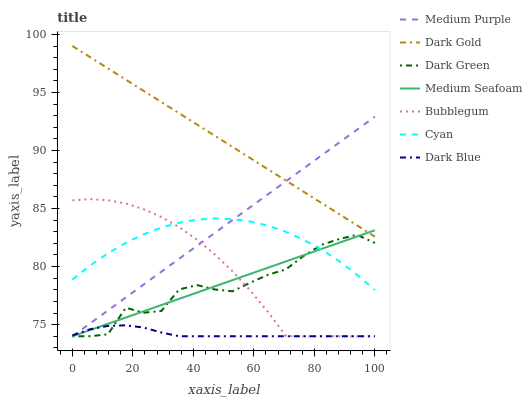
| xaxis_label | Medium Purple | Dark Gold | Dark Green | Medium Seafoam | Bubblegum | Cyan | Dark Blue |
 | --- | --- | --- | --- | --- | --- | --- | --- |
 | 0 | 74 | 99 | 74 | 74 | 85.7 | 78.9 | 74.1 |
 | 5.88 | 75.1 | 98 | 74 | 74.5 | 85.8 | 80.1 | 74.6 |
 | 11.8 | 76.2 | 97.1 | 74.2 | 75.1 | 85.7 | 81.1 | 74.9 |
 | 17.6 | 77.3 | 96.1 | 76.5 | 75.6 | 85.4 | 82 | 74.9 |
 | 23.5 | 78.4 | 95.1 | 76 | 76.1 | 84.9 | 82.8 | 74.8 |
 | 29.4 | 79.6 | 94.2 | 76.2 | 76.7 | 84.3 | 83.4 | 74.3 |
 | 35.3 | 80.7 | 93.2 | 78 | 77.2 | 83.4 | 83.8 | 74 |
 | 41.2 | 81.8 | 92.2 | 78.4 | 77.8 | 82.3 | 84 | 74 |
 | 47.1 | 82.9 | 91.3 | 78 | 78.3 | 81.1 | 84.1 | 74 |
 | 52.9 | 84 | 90.3 | 77.9 | 78.8 | 79.6 | 84.1 | 74 |
 | 58.8 | 85.1 | 89.3 | 78.6 | 79.4 | 77.9 | 83.9 | 74 |
 | 64.7 | 86.2 | 88.4 | 79.3 | 79.9 | 76.1 | 83.5 | 74 |
 | 70.6 | 87.3 | 87.4 | 79.8 | 80.4 | 74 | 83 | 74 |
 | 76.5 | 88.5 | 86.4 | 80.9 | 81 | 74 | 82.3 | 74 |
 | 82.4 | 89.6 | 85.5 | 81.9 | 81.5 | 74 | 81.5 | 74 |
 | 88.2 | 90.7 | 84.5 | 82.4 | 82.1 | 74 | 80.5 | 74 |
 | 94.1 | 91.8 | 83.5 | 82.7 | 82.6 | 74 | 79.3 | 74 |
 | 100 | 92.9 | 82.6 | 82 | 83.1 | 74 | 78 | 74 |